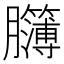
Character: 𦣈